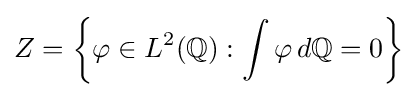
Z=\left\{\varphi \in L^{2}(\mathbb {Q} ):\int \varphi \,d\mathbb {Q} =0\right\}